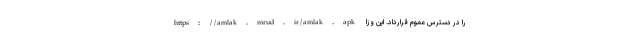
https://amlak.mrud.ir/amlak.apk را در دسترس عموم قرارداد. این وزا